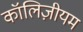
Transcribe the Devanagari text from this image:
कॉलिज़ीयम